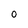
Character: O